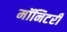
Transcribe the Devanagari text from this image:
मॉनिटरी